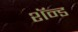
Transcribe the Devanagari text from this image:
शॅन्ड